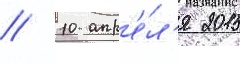
// 10 апр'е́л'я 2015